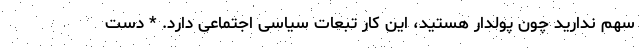
سهم ندارید چون پولدار هستید، این کار تبعات سیاسی اجتماعی دارد. * دست